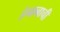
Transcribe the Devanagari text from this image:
हेनानाची